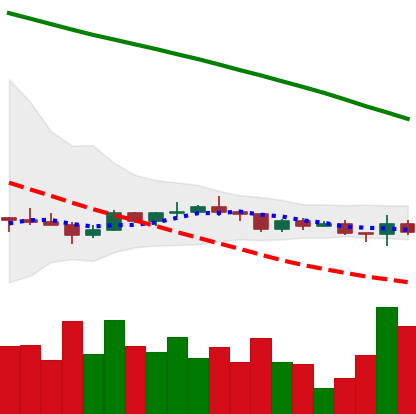
Ticker: ADA-USD
Chart end date: 2022-12-14
Forward return: -17.911%
Label: down_7plus